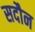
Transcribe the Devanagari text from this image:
सदौन